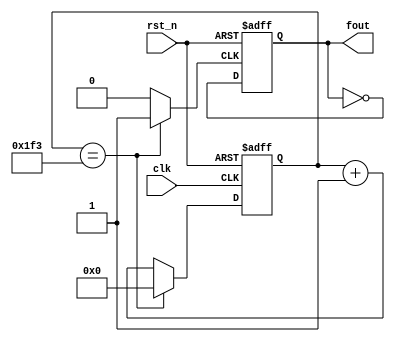
`timescale 1ns / 1ps
//////////////////////////////////////////////////////////////////////////////////
// Company: 
// Engineer: 
// 
// Design Name: 
// Module Name: lab5_2fre100hz
// Project Name: 
// Target Devices: 
// Tool Versions: 
// Description: 
// 
// Dependencies: 
// 
// Revision:
// Revision 0.01 - File Created
// Additional Comments:
// 
//////////////////////////////////////////////////////////////////////////////////


module lab5_2fre100hz(

fout, // divided clock output
clk, // global clock input
rst_n // active low reset
);
output fout; // divided output
input clk; // global clock input
input rst_n; // active low reset
reg [26:0] cnt_tmp,cnt;
reg clk_tmp,s_cnt,s_cnt_tmp; // input to dff (in always block)
always @*
if(cnt == 499) cnt_tmp = 0;
else cnt_tmp = cnt + 27'd1;
//clk_temp 0.5s
always @*
if(cnt == 499) clk_tmp = 1;
else clk_tmp = 0;
always @*
s_cnt_tmp = ~s_cnt ;
assign fout = s_cnt;
//Flip flop with 0.5s freq
always @(posedge clk_tmp or posedge rst_n)
if (rst_n) s_cnt <= 0;
else s_cnt <= s_cnt_tmp;
// Flip flops
always @(posedge clk or posedge rst_n)
if (rst_n) cnt <= 27'b0;
else cnt <= cnt_tmp;
endmodule